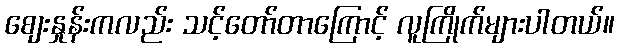
စျေးနှုန်းကလည်း သင့်တော်တာကြောင့် လူကြိုက်များပါတယ်။